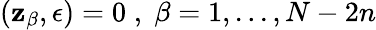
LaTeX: (\mathbf{z}_{\beta},\epsilon)=0\; ,\; \beta=1,...,N-2n